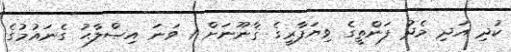
ކުދި އަދި މެދު ފަންތީގެ ވިޔަފާރީގެ ޤާނޫނަށް 1 ވަނަ އިޞްލާޙު ގެނައުމުގެ